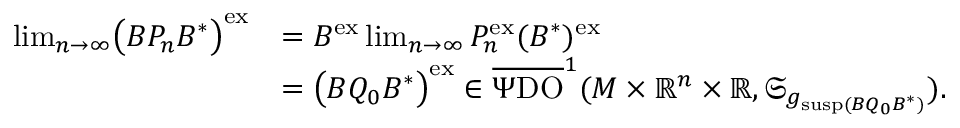
\begin{array} { r l } { \operatorname* { l i m } _ { n \to \infty } \bigl ( B P _ { n } B ^ { \ast } \bigr ) ^ { \mathrm { e x } } } & { = B ^ { \mathrm { e x } } \operatorname* { l i m } _ { n \to \infty } P _ { n } ^ { \mathrm { e x } } ( B ^ { \ast } ) ^ { \mathrm { e x } } } \\ & { = \bigl ( B Q _ { 0 } B ^ { \ast } \bigr ) ^ { \mathrm { e x } } \in \overline { { \Psi \mathrm { D O } } } ^ { 1 } ( M \times \mathord { \mathbb { R } } ^ { n } \times \mathord { \mathbb { R } } , \mathfrak { S } _ { g _ { \mathrm { s u s p } ( B Q _ { 0 } B ^ { \ast } ) } } ) . } \end{array}